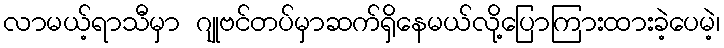
လာမယ့်ရာသီမှာ ဂျုဗင်တပ်မှာဆက်ရှိနေမယ်လို့ပြောကြားထားခဲ့ပေမဲ့၊